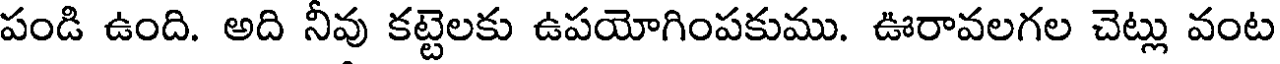
పండి ఉంది. అది నీవు కట్టెలకు ఉపయోగింపకుము. ఊరావలగల చెట్లు వంట